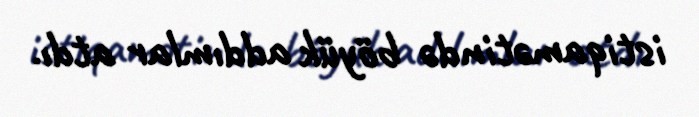
istiqamətində böyük addımlar atdı.